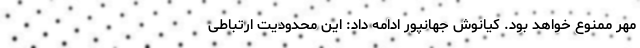
مهر ممنوع خواهد بود. کیانوش جهانپور ادامه داد: این محدودیت ارتباطی